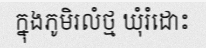
ក្នុងភូមិរលំថ្ម ឃុំរំដោះ